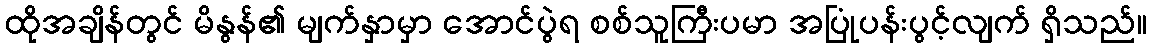
ထိုအချိန်တွင် မိနွန်၏ မျက်နှာမှာ အောင်ပွဲရ စစ်သူကြီးပမာ အပြုံပန်းပွင့်လျက် ရှိသည်။